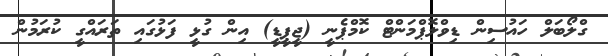
ގްލޯބަލް ހައުސިން ޑިވްލޮޕްމަންޓް ކޮމްޕެނީ (ޖީޕީޑީ) އިން ގުޅީ ފަޅުގައި ތަރައްގީ ކުރަމުން